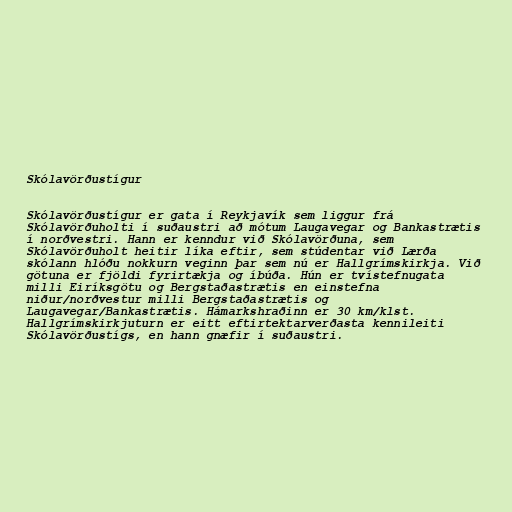
Skólavörðustígur

Skólavörðustígur er gata í Reykjavík sem liggur frá
Skólavörðuholti í suðaustri að mótum Laugavegar og Bankastrætis
í norðvestri. Hann er kenndur við Skólavörðuna, sem
Skólavörðuholt heitir líka eftir, sem stúdentar við Lærða
skólann hlóðu nokkurn veginn þar sem nú er Hallgrímskirkja. Við
götuna er fjöldi fyrirtækja og íbúða. Hún er tvístefnugata
milli Eiríksgötu og Bergstaðastrætis en einstefna
niður/norðvestur milli Bergstaðastrætis og
Laugavegar/Bankastrætis. Hámarkshraðinn er 30 km/klst.
Hallgrímskirkjuturn er eitt eftirtektarverðasta kennileiti
Skólavörðustígs, en hann gnæfir í suðaustri.